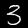
Digit: 3